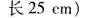
长25cm)